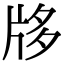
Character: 𤖻